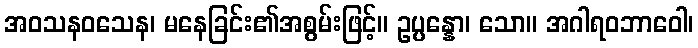
အဝသနဝသေန၊ မနေခြင်း၏အစွမ်းဖြင့်။ ဥပ္ပန္နော၊ သော။ အဂါရဝဘာဝေါ၊